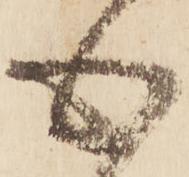
心